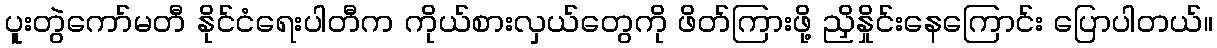
ပူးတွဲကော်မတီ နိုင်ငံရေးပါတီက ကိုယ်စားလှယ်တွေကို ဖိတ်ကြားဖို့ ညှိနှိုင်းနေကြောင်း ပြောပါတယ်။